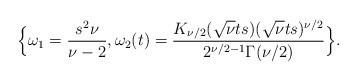
LaTeX: \begin{align*}\Big\{\omega_1=\frac{s^2\nu}{\nu-2},\omega_2(t)=\frac{K_{\nu/2}(\sqrt{\nu}ts)(\sqrt{\nu}ts)^{\nu/2}}{2^{\nu/2-1}\Gamma(\nu/2)}\Big\}.\end{align*}